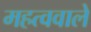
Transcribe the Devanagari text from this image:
महत्ववाले